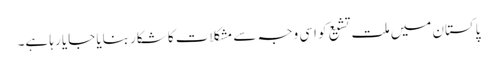
پاکستان میں ملت تشیع کو اسی وجہ سے مشکلات کا شکار بنایا جایا رہا ہے۔